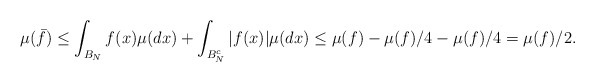
\begin{align*}\mu(\bar f) \le \int_{B_N} f(x) \mu(dx) + \int_{B^c_N} |f(x)| \mu(dx) \le \mu(f) - \mu(f) / 4 - \mu(f) / 4 = \mu(f) / 2.\end{align*}